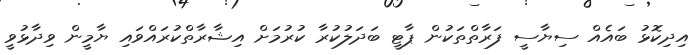
އިދިކޮޅު ބައެއް ސިޔާސީ ފަރާތްތަކުން ޕާޓީ ބަދަލުކުރާ ކުރުމަށް އިޝާރާތްކުރައްވައި ޔާމީން ވިދާޅުވީ